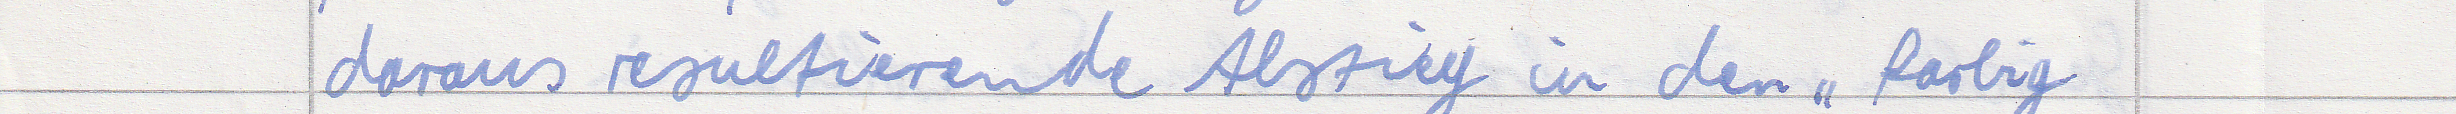
darauf resultierende Abstieg in den "farbig